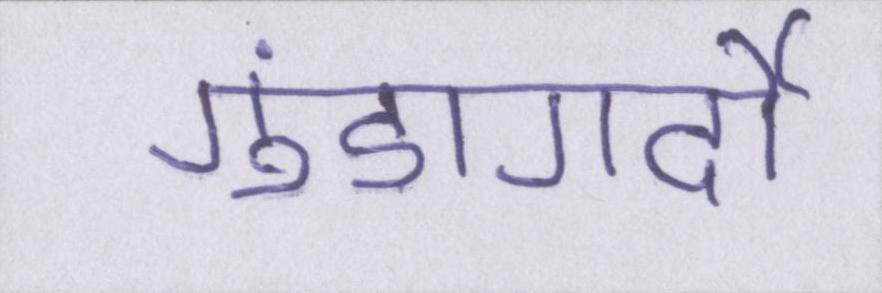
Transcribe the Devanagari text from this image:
गुंडागर्दी